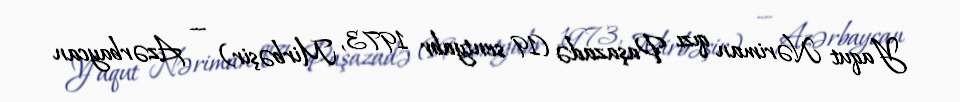
Yaqut Nəriman qızı Paşazadə (19 sentyabr 1973, Mirbəşir) — Azərbaycan